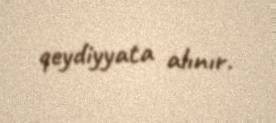
qeydiyyata alınır.